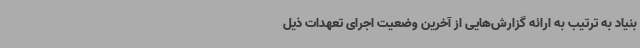
بنیاد به ترتیب به ارائه گزارش‌هایی از آخرین وضعیت اجرای تعهدات ذیل